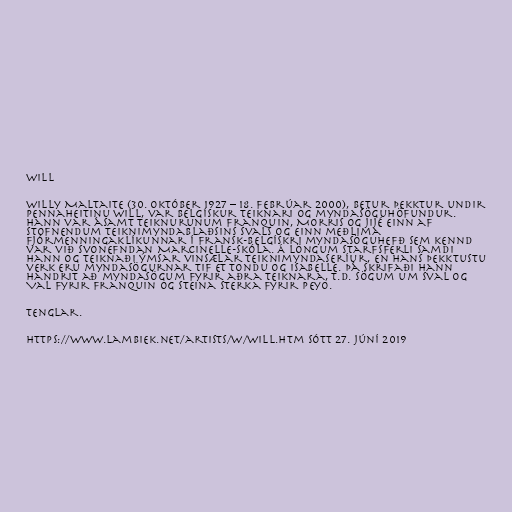
Will

Willy Maltaite (30. október 1927 – 18. febrúar 2000), betur þekktur undir
pennaheitinu Will, var belgískur teiknari og myndasöguhöfundur.
Hann var ásamt teiknurunum Franquin, Morris og Jijé einn af
stofnendum teiknimyndablaðsins Svals og einn meðlima
fjórmenningaklíkunnar í fransk-belgískri myndasöguhefð sem kennd
var við svonefndan Marcinelle-skóla. Á löngum starfsferli samdi
hann og teiknaði ýmsar vinsælar teiknimyndaseríur, en hans þekktustu
verk eru myndasögurnar Tif et Tondu og Isabelle. Þá skrifaði hann
handrit að myndasögum fyrir aðra teiknara, t.d. sögum um Sval og
Val fyrir Franquin og Steina sterka fyrir Peyo.

Tenglar.

https://www.lambiek.net/artists/w/will.htm Sótt 27. júní 2019